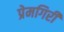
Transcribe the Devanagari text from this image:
प्रेमगिरी